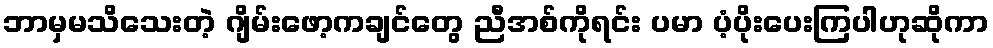
ဘာမှမသိသေးတဲ့ ဂျိမ်းဖော့ကချင်တွေ ညီအစ်ကိုရင်း ပမာ ပံ့ပိုးပေးကြပါဟုဆိုကာ